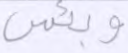
وبئس